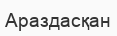
Араздасқан